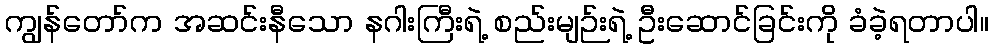
ကျွန်တော်က အဆင်းနီသော နဂါးကြီးရဲ့ စည်းမျဉ်းရဲ့ ဦးဆောင်ခြင်းကို ခံခဲ့ရတာပါ။